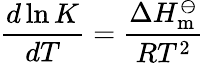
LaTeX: {\frac{d\ln K}{dT}}={\frac{\Delta H_{\mathrm{m}}^{\ominus}}{RT^{2}}}